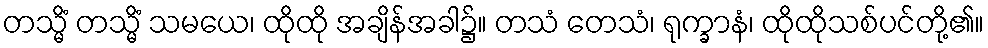
တသ္မိံ တသ္မိံ သမယေ၊ ထိုထို အချိန်အခါ၌။ တသံ တေသံ၊ ရုက္ခာနံ၊ ထိုထိုသစ်ပင်တို့၏။